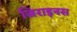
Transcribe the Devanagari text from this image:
जिराइनस